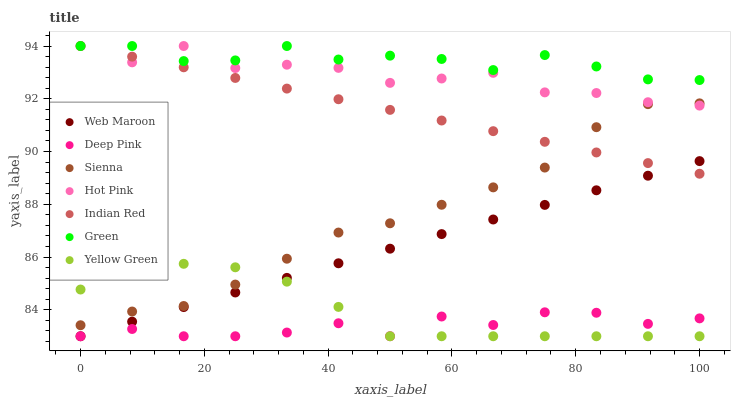
| xaxis_label | Web Maroon | Deep Pink | Sienna | Hot Pink | Indian Red | Green | Yellow Green |
 | --- | --- | --- | --- | --- | --- | --- | --- |
 | 0 | 83 | 83 | 83.4 | 94 | 94 | 94 | 84.8 |
 | 8.33 | 83.6 | 83.3 | 83.9 | 93.4 | 93.6 | 94 | 85.5 |
 | 16.7 | 84.1 | 83 | 84.1 | 94 | 93.2 | 93.4 | 85.7 |
 | 25 | 84.7 | 83 | 85 | 93.2 | 92.8 | 93.5 | 85.6 |
 | 33.3 | 85.2 | 83.1 | 85.9 | 93.3 | 92.4 | 94 | 85.1 |
 | 41.7 | 85.8 | 83.5 | 86.9 | 93.2 | 92 | 93.5 | 84.1 |
 | 50 | 86.3 | 83 | 87.3 | 92.6 | 91.6 | 93.6 | 83 |
 | 58.3 | 86.9 | 83.7 | 88 | 92.8 | 91.2 | 93.5 | 83 |
 | 66.7 | 87.4 | 83.4 | 88.6 | 93 | 90.8 | 93.1 | 83 |
 | 75 | 88 | 83.9 | 89.4 | 92.2 | 90.4 | 93.7 | 83 |
 | 83.3 | 88.5 | 83.9 | 90.9 | 92.2 | 90 | 93.2 | 83 |
 | 91.7 | 89.1 | 83.5 | 91.8 | 91.9 | 89.6 | 92.7 | 83 |
 | 100 | 89.6 | 83.7 | 91.8 | 91.7 | 89.2 | 92.7 | 83 |